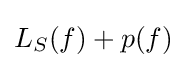
L_{S}(f)+p(f)